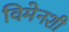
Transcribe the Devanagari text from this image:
विमेनशी